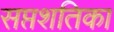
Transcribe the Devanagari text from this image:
सप्तशतिका